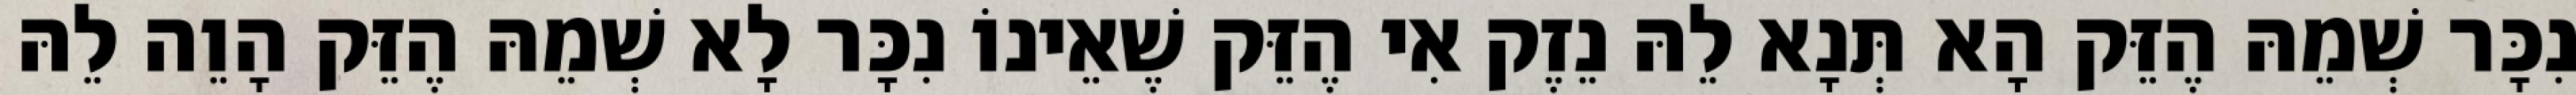
נִכָּר שְׁמֵהּ הֶזֵּק הָא תְּנָא לֵהּ נֵזֶק אִי הֶזֵּק שֶׁאֵינוֹ נִכָּר לָא שְׁמֵהּ הֶזֵּק הָוֵה לֵהּ